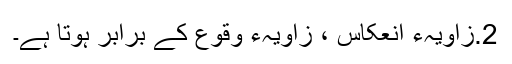
2.زاویہءِ انعکاس ، زاویہءِ وقوع کے برابر ہوتا ہے۔